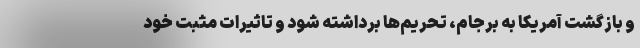
و بازگشت آمریکا به برجام، تحریم‌ها برداشته شود و تاثیرات مثبت خود